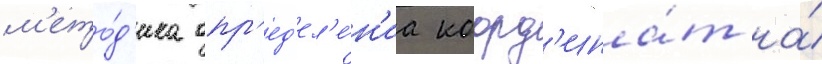
м'ето́д'ика опр'ед'ел'е́н'иа коорд'ина́т на́